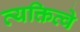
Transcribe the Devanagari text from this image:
व्यक्तित्वे